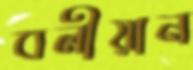
বলীয়ান